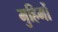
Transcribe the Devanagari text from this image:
मुहिमों